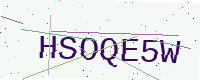
Text: HSOQE5W